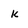
Character: k